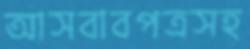
আসবাবপত্রসহ